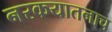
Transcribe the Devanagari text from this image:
नरकयातनाच